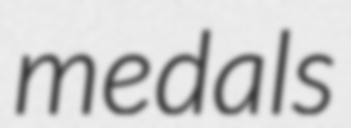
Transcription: medals